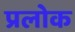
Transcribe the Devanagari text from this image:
प्रलोक